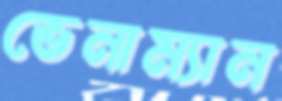
ভেনাম্যান